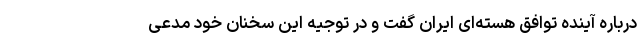
درباره آینده توافق هسته‌ای ایران گفت و در توجیه این سخنان خود مدعی